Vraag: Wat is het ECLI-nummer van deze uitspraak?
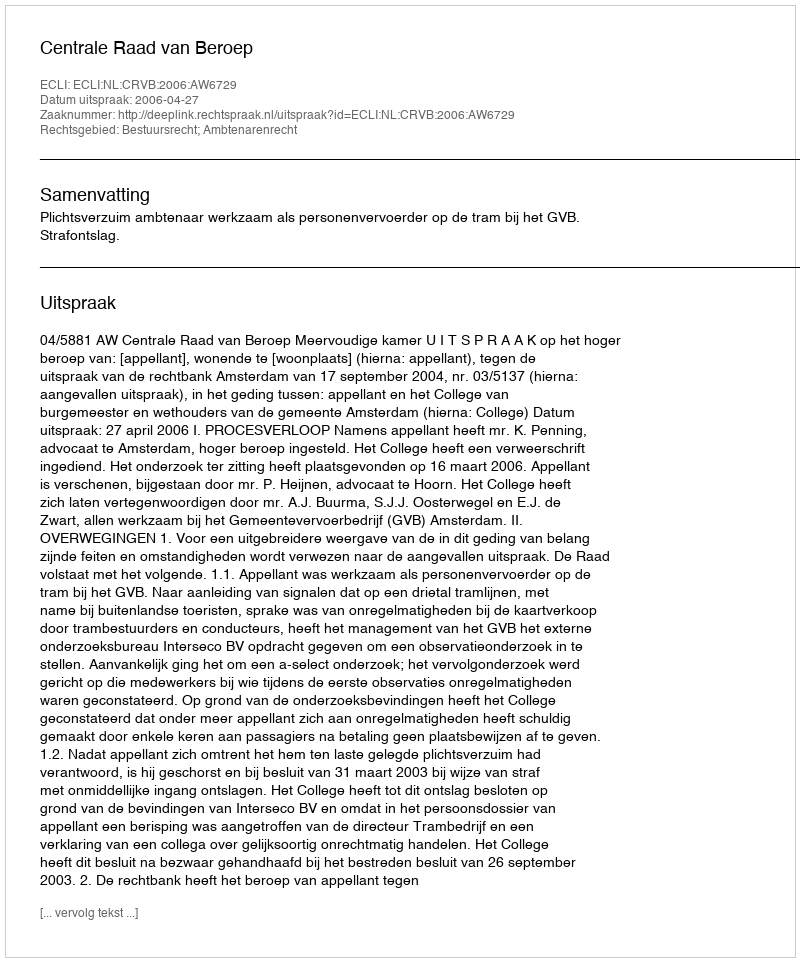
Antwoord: ECLI:NL:CRVB:2006:AW6729